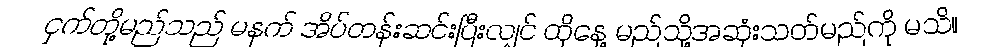
ငှက်တို့မည်သည် မနက် အိပ်တန်းဆင်းပြီးလျှင် ထိုနေ့ မည်သို့အဆုံးသတ်မည်ကို မသိ။